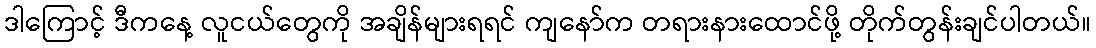
ဒါကြောင့် ဒီကနေ့ လူငယ်တွေကို အချိန်များရရင် ကျနော်က တရားနားထောင်ဖို့ တိုက်တွန်းချင်ပါတယ်။